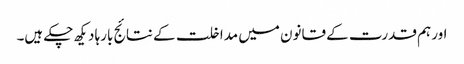
اور ہم قدرت کے قانون میں مداخلت کے نتائج بارہا دیکھ چکے ہیں۔